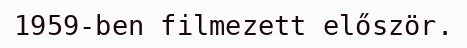
1959-ben filmezett először.